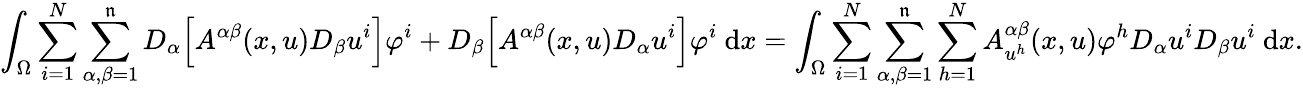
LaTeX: \int_{\Omega}\sum_{i=1}^{N}\sum_{\alpha,\beta=1}^{\mathfrak{n}}D_{\alpha}\Big[A^{\alpha\beta}(x,u)D_{\beta}u^{i}\Big]\varphi^{i}+D_{\beta}\Big[A^{\alpha\beta}(x,u)D_{\alpha}u^{i}\Big]\varphi^{i}\ \mathrm{{d}}x=\int_{\Omega}\sum_{i=1}^{N}\sum_{\alpha,\beta=1}^{\mathfrak{n}}\sum_{h=1}^{N}A_{u^{h}}^{\alpha\beta}(x,u)\varphi^{h}D_{\alpha}u^{i}D_{\beta}u^{i}\ \mathrm{{d}}x.